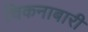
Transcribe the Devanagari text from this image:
चिकनाबारी